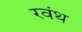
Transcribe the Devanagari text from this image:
रवंथ